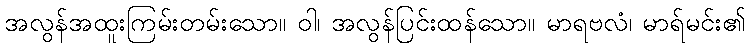
အလွန်အထူးကြမ်းတမ်းသော။ ဝါ၊ အလွန်ပြင်းထန်သော။ မာရဗလံ၊ မာရ်မင်း၏